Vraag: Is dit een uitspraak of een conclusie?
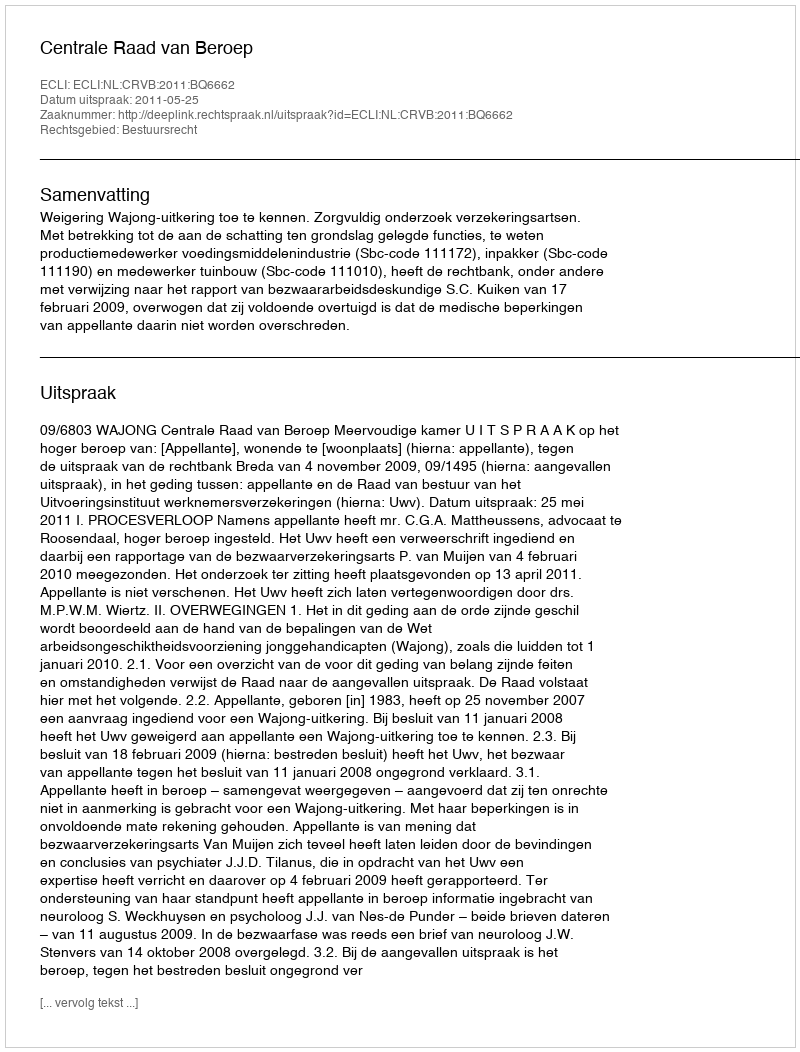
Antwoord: Uitspraak